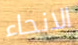
الانحاء